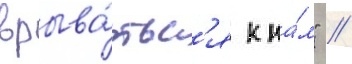
врыва́тьс'я к на́м" //